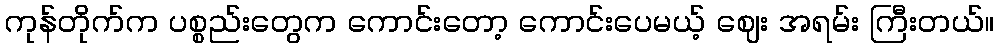
ကုန်တိုက်က ပစ္စည်းတွေက ကောင်းတော့ ကောင်းပေမယ့် ဈေး အရမ်း ကြီးတယ်။